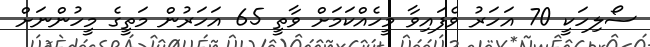
ސޯލިހަކީ 70 އަހަރު ވެފައިވާ މީހެއްކަމަށް ވާތީ 65 އަހަރުން މަތީގެ މީހުންނަށް